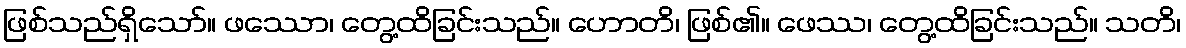
ဖြစ်သည်ရှိသော်။ ဖဿော၊ တွေ့ထိခြင်းသည်။ ဟောတိ၊ ဖြစ်၏။ ဖေဿ၊ တွေ့ထိခြင်းသည်။ သတိ၊